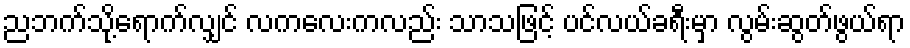
ညဘက်သို့ရောက်လျှင် လကလေးကလည်း သာသဖြင့် ပင်လယ်ခရီးမှာ လွမ်းဆွတ်ဖွယ်ရာ